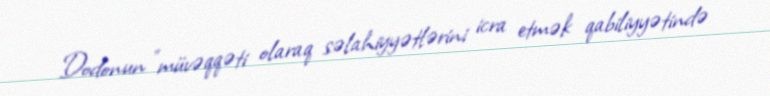
Dodonun "müvəqqəti olaraq səlahiyyətlərini icra etmək qabiliyyətində